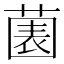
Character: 𱾔